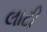
લાટી